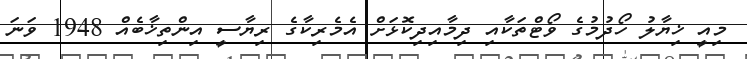
މިއީ ޚިޔާލު ހޯދުމުގެ ވޯޓްތަކާއި ދިމާއިދިކޮޅަށް އެމެރިކާގެ ރިޔާސީ އިންތިޚާބެއް 1948 ވަނަ